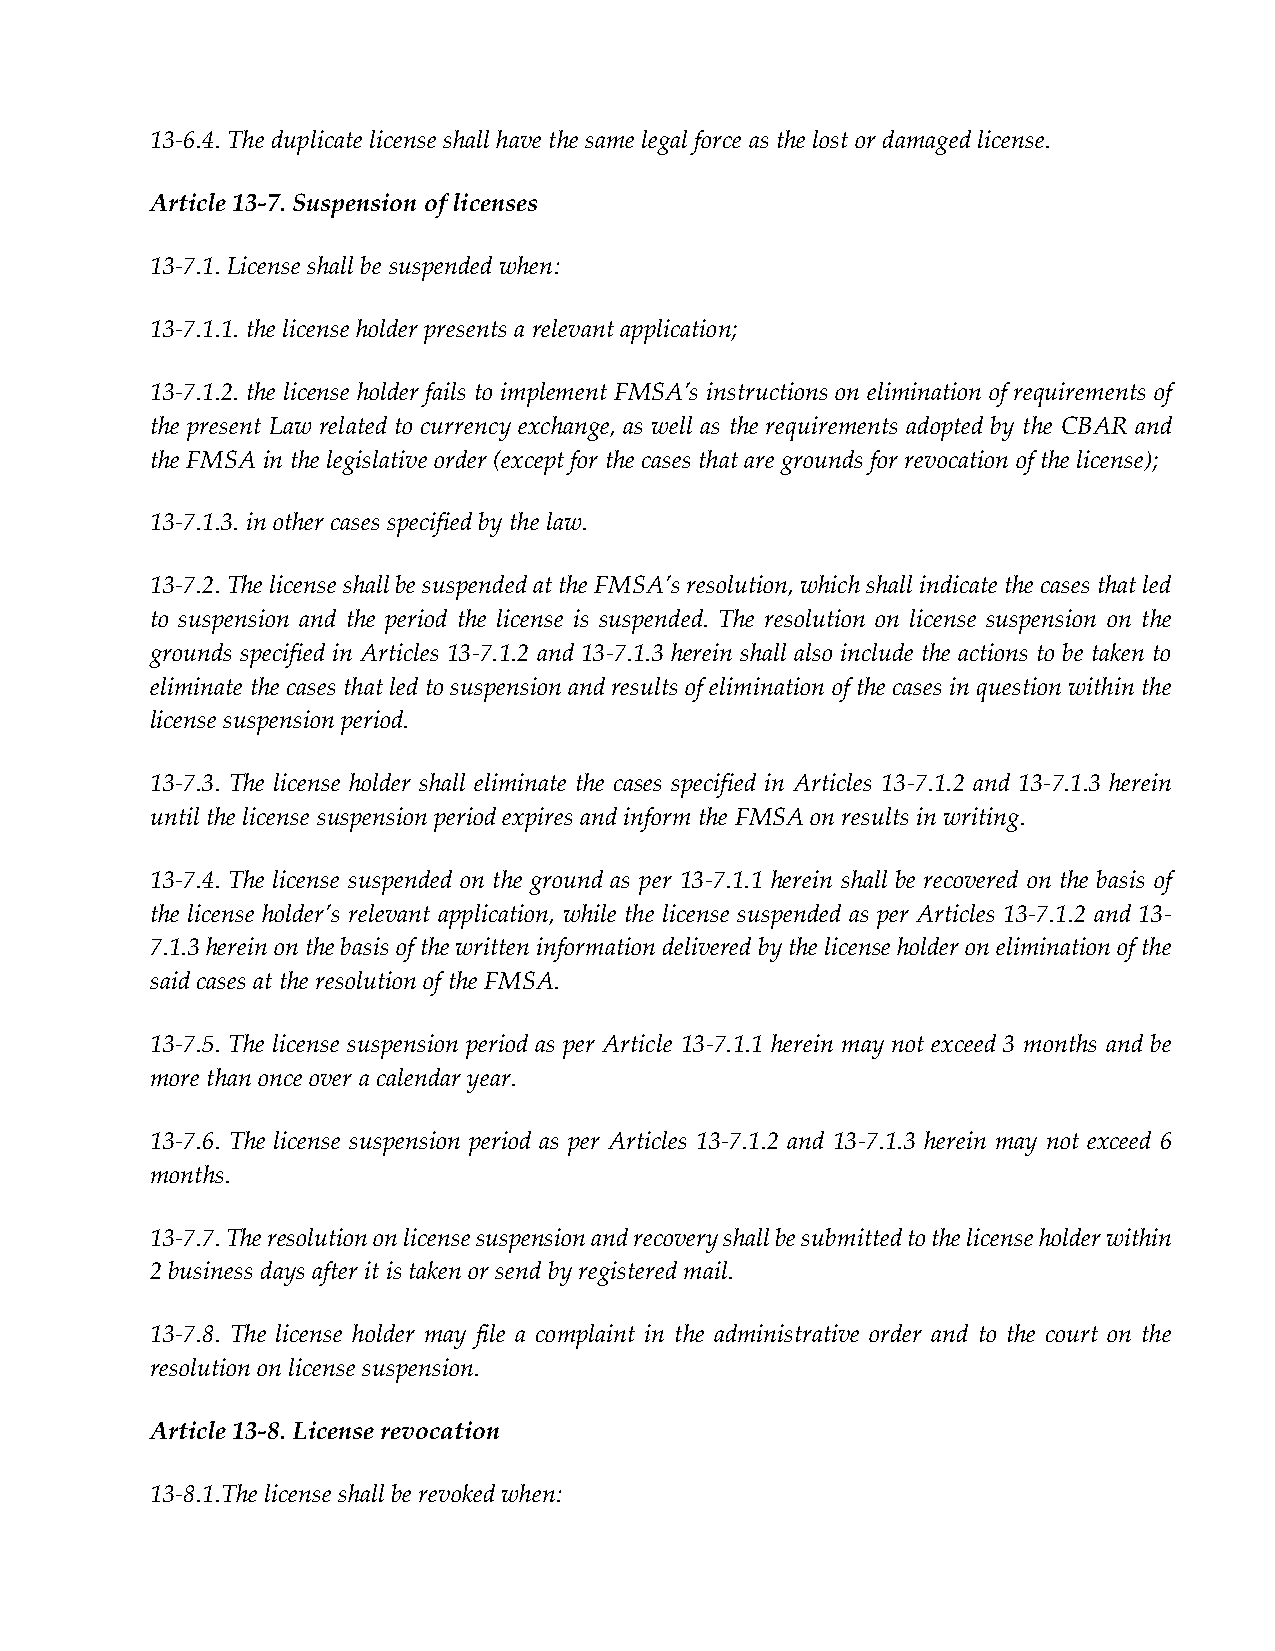
13-6.4. The duplicate license shall have the same legal force as the lost or damaged license.
 Article 13-7. Suspension of licenses
 13-7.1. License shall be suspended when:
 13-7.1.1. the license holder presents a relevant application;
 13-7.1.2. the license holder fails to implement FMSA’s instructions on elimination of requirements of
 the present Law related to currency exchange, as well as the requirements adopted by the CBAR and
 the FMSA in the legislative order (except for the cases that are grounds for revocation of the license);
 13-7.1.3. in other cases specified by the law.
 13-7.2. The license shall be suspended at the FMSA’s resolution, which shall indicate the cases that led
 to suspension and the period the license is suspended. The resolution on license suspension on the
 grounds specified in Articles 13-7.1.2 and 13-7.1.3 herein shall also include the actions to be taken to
 eliminate the cases that led to suspension and results of elimination of the cases in question within the
 license suspension period.
 13-7.3. The license holder shall eliminate the cases specified in Articles 13-7.1.2 and 13-7.1.3 herein
 until the license suspension period expires and inform the FMSA on results in writing.
 13-7.4. The license suspended on the ground as per 13-7.1.1 herein shall be recovered on the basis of
 the license holder’s relevant application, while the license suspended as per Articles 13-7.1.2 and 13-
 7.1.3 herein on the basis of the written information delivered by the license holder on elimination of the
 said cases at the resolution of the FMSA.
 13-7.5. The license suspension period as per Article 13-7.1.1 herein may not exceed 3 months and be
 more than once over a calendar year.
 13-7.6. The license suspension period as per Articles 13-7.1.2 and 13-7.1.3 herein may not exceed 6
 months.
 13-7.7. The resolution on license suspension and recovery shall be submitted to the license holder within
 2 business days after it is taken or send by registered mail.
 13-7.8. The license holder may file a complaint in the administrative order and to the court on the
 resolution on license suspension.
 Article 13-8. License revocation
 13-8.1.The license shall be revoked when: